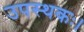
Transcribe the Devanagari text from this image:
उपस्थकः।